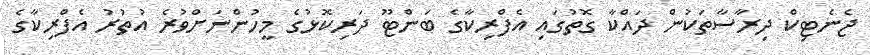
ޖެނެޓިކް ދިރާސާތަކުން ދައްކާ ގޮތުގައި އެފްރިކާގެ ބަންޓޫ ދަރިކޮޅުގެ މީހުންނަށްވުރެ އުތުރު އެފްރިކާގެ